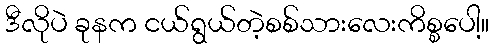
ဒီလိုပဲ ခုနက ငယ်ရွယ်တဲ့စစ်သားလေးကိစ္စပေါ့။